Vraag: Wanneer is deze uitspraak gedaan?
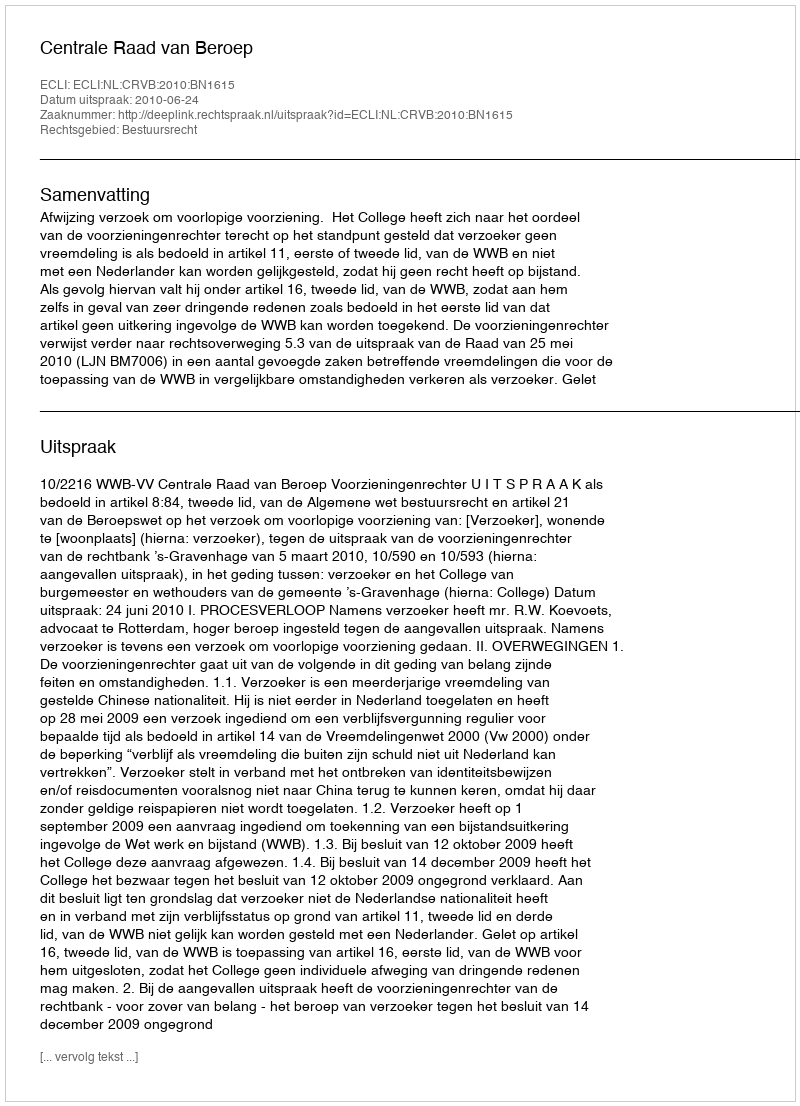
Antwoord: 2010-06-24